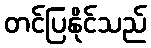
တင်ပြနိုင်သည်